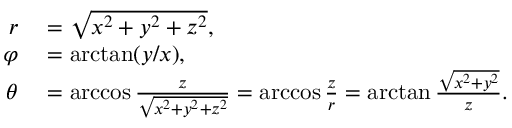
\begin{array} { r l } { r } & { { } = { \sqrt { x ^ { 2 } + y ^ { 2 } + z ^ { 2 } } } , } \\ { \varphi } & { { } = \arctan ( y / x ) , } \\ { \theta } & { { } = \operatorname { a r c c o s } { \frac { z } { \sqrt { x ^ { 2 } + y ^ { 2 } + z ^ { 2 } } } } = \operatorname { a r c c o s } { \frac { z } { r } } = \arctan { \frac { \sqrt { x ^ { 2 } + y ^ { 2 } } } { z } } . } \end{array}